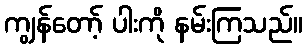
ကျွန်တော့် ပါးကို နမ်းကြသည်။